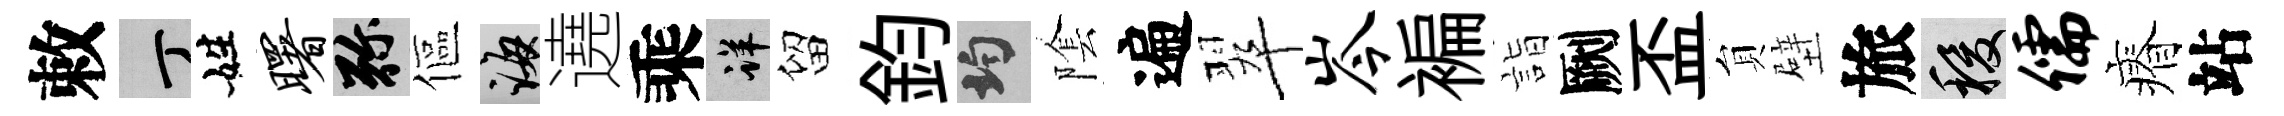
敕丁姓曙弥傴誨遶乘详留鈞均隂遍翠岑褊詣劂盃貟壁旅稷儒瘠站